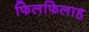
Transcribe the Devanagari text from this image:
फिलफिलाह